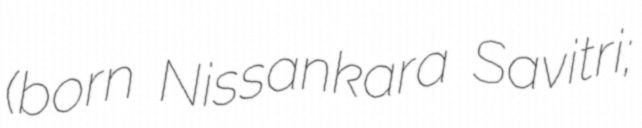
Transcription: (born Nissankara Savitri;